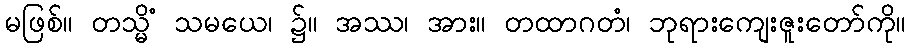
မဖြစ်။ တသ္မိံ သမယေ၊ ၌။ အဿ၊ အား။ တထာဂတံ၊ ဘုရားကျေးဇူးတော်ကို။